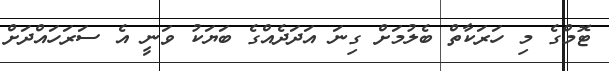
ޓޮމްގެ މި ހަރަކާތް ބެލުމަށް ގިނަ އަދަދެއްގެ ބަޔަކު ވަނީ އެ ސަރަހައްދަށް